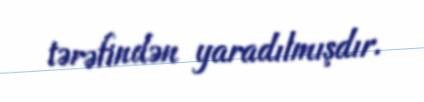
tərəfindən yaradılmışdır.